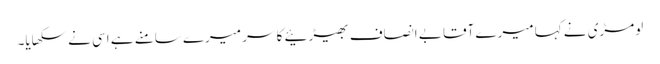
لومڑی نے کہا میرے آقا بے انصاف بھیڑئیے کا سر میرے سامنے ہے اسی نے سکھایا۔